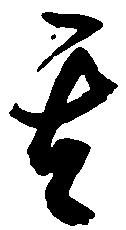
其